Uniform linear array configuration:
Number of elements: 32
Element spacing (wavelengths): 0.25
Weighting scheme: binomial
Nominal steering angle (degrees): -15
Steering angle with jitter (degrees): -14.047
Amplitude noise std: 0.05
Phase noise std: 0.05

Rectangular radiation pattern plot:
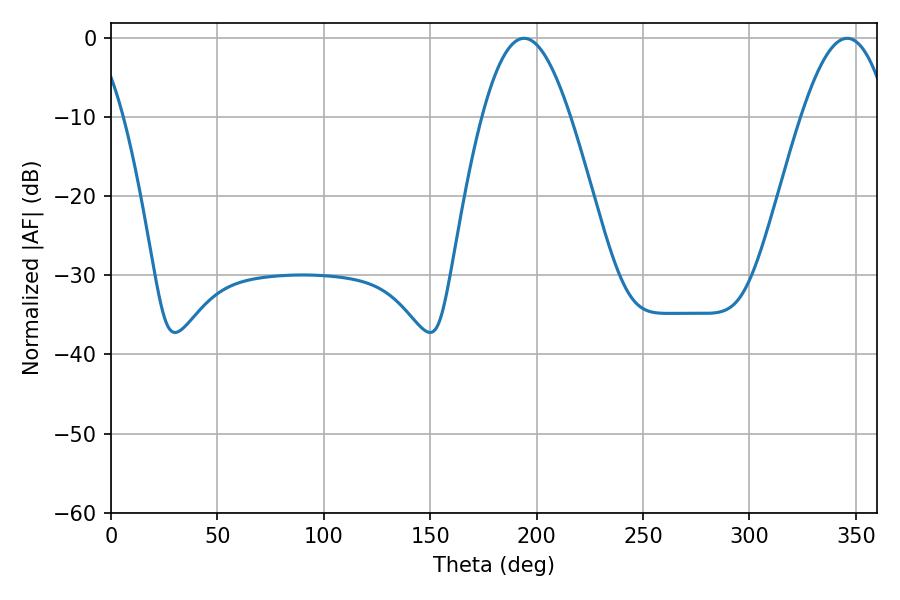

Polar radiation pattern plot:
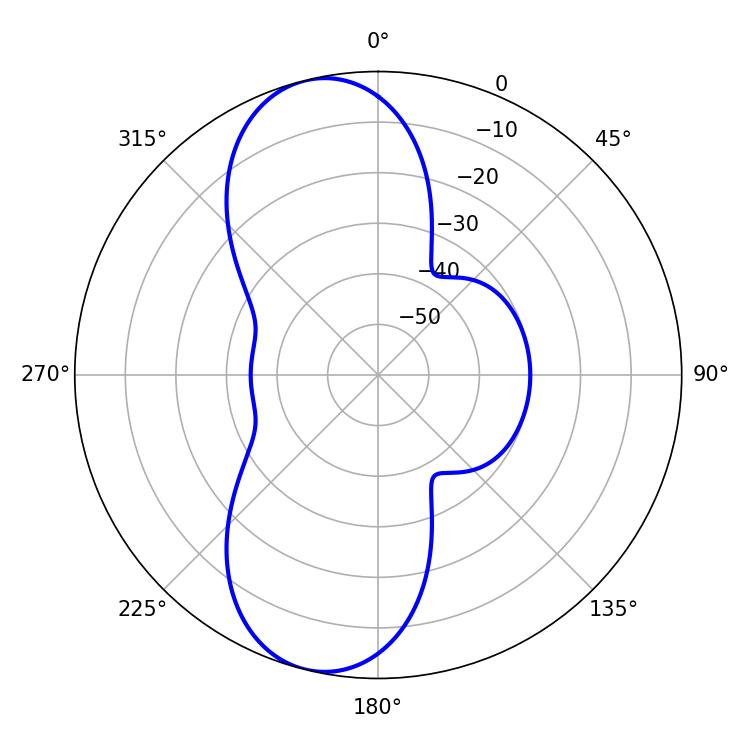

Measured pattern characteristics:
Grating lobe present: FALSE
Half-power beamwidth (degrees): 22.32
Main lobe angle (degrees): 194.04